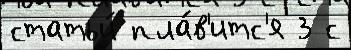
статьи́ пла́в'итс'я 3 с